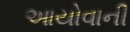
આયોવાની